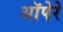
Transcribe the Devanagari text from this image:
ऑपेरे